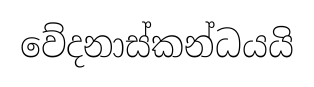
වේදනාස්කන්ධයයි